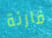
قارئة